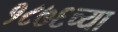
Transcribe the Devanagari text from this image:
१८७६च्या